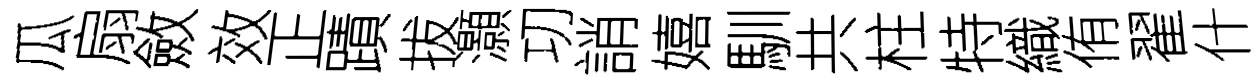
瓜扇斂效正蹟拔灝㓛誚嬉馴共柱特織侑翟什